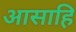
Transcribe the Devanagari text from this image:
आसाहि